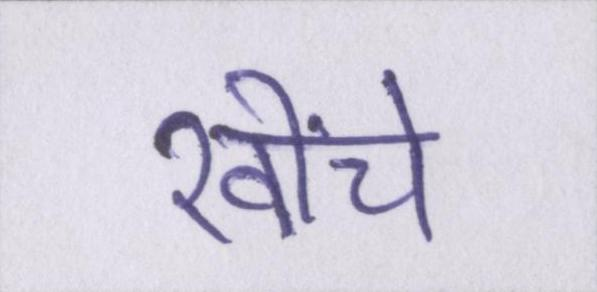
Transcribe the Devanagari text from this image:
खींचे